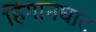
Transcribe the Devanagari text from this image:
हिंगानघाट